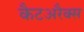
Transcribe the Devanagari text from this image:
कैटअरैक्स